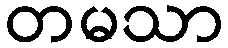
တမသာ